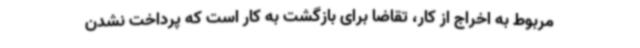
مربوط به اخراج از کار، تقاضا برای بازگشت به کار است که پرداخت نشدن